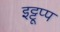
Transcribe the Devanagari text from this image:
इट्टूप्प